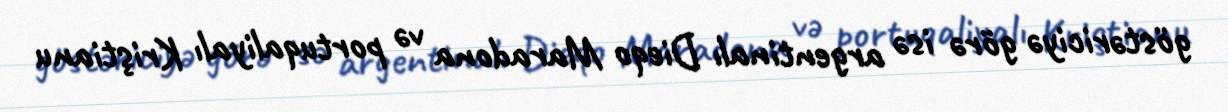
göstəriciyə görə isə argentinalı Dieqo Maradona və portuqaliyalı Kriştianu